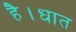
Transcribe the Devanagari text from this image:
है।धात